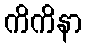
ကိကိနာ